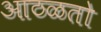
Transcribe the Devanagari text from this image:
आठळतो